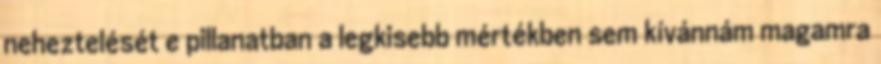
neheztelését e pillanatban a legkisebb mértékben sem kívánnám magamra